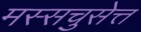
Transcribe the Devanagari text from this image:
मस्सचुसेत्त